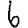
Digit: 6